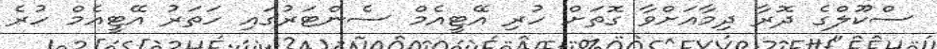
ސްކޫލްގެ ދޮރާ ދިމާއަށްވާ ގޮތަށް ހުރި އޭޓީއެމް ސެންޓަރުގައި ހަތަރު އޭޓީއެމް ހުރެ